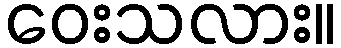
ဝေးသလား။